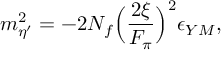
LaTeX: m _ { \eta ^ { \prime } } ^ { 2 } = - 2 N _ { f } \Bigl ( { \frac { 2 \xi } { F _ { \pi } } } \Bigr ) ^ { 2 } \epsilon _ { Y M } ,